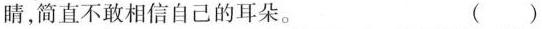
睛，简直不敢相信自己的耳朵。 ( )